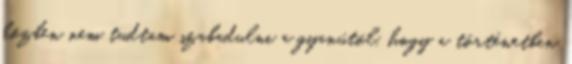
közben nem tudtam szabadulni a gyanútól, hogy a történetben